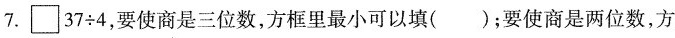
7.$$\Box 3 7 \div 4$$，要使商是三位数，方框里最小可以填( )；要使商是两位数，方